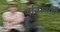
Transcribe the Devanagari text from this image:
पतिस्संति